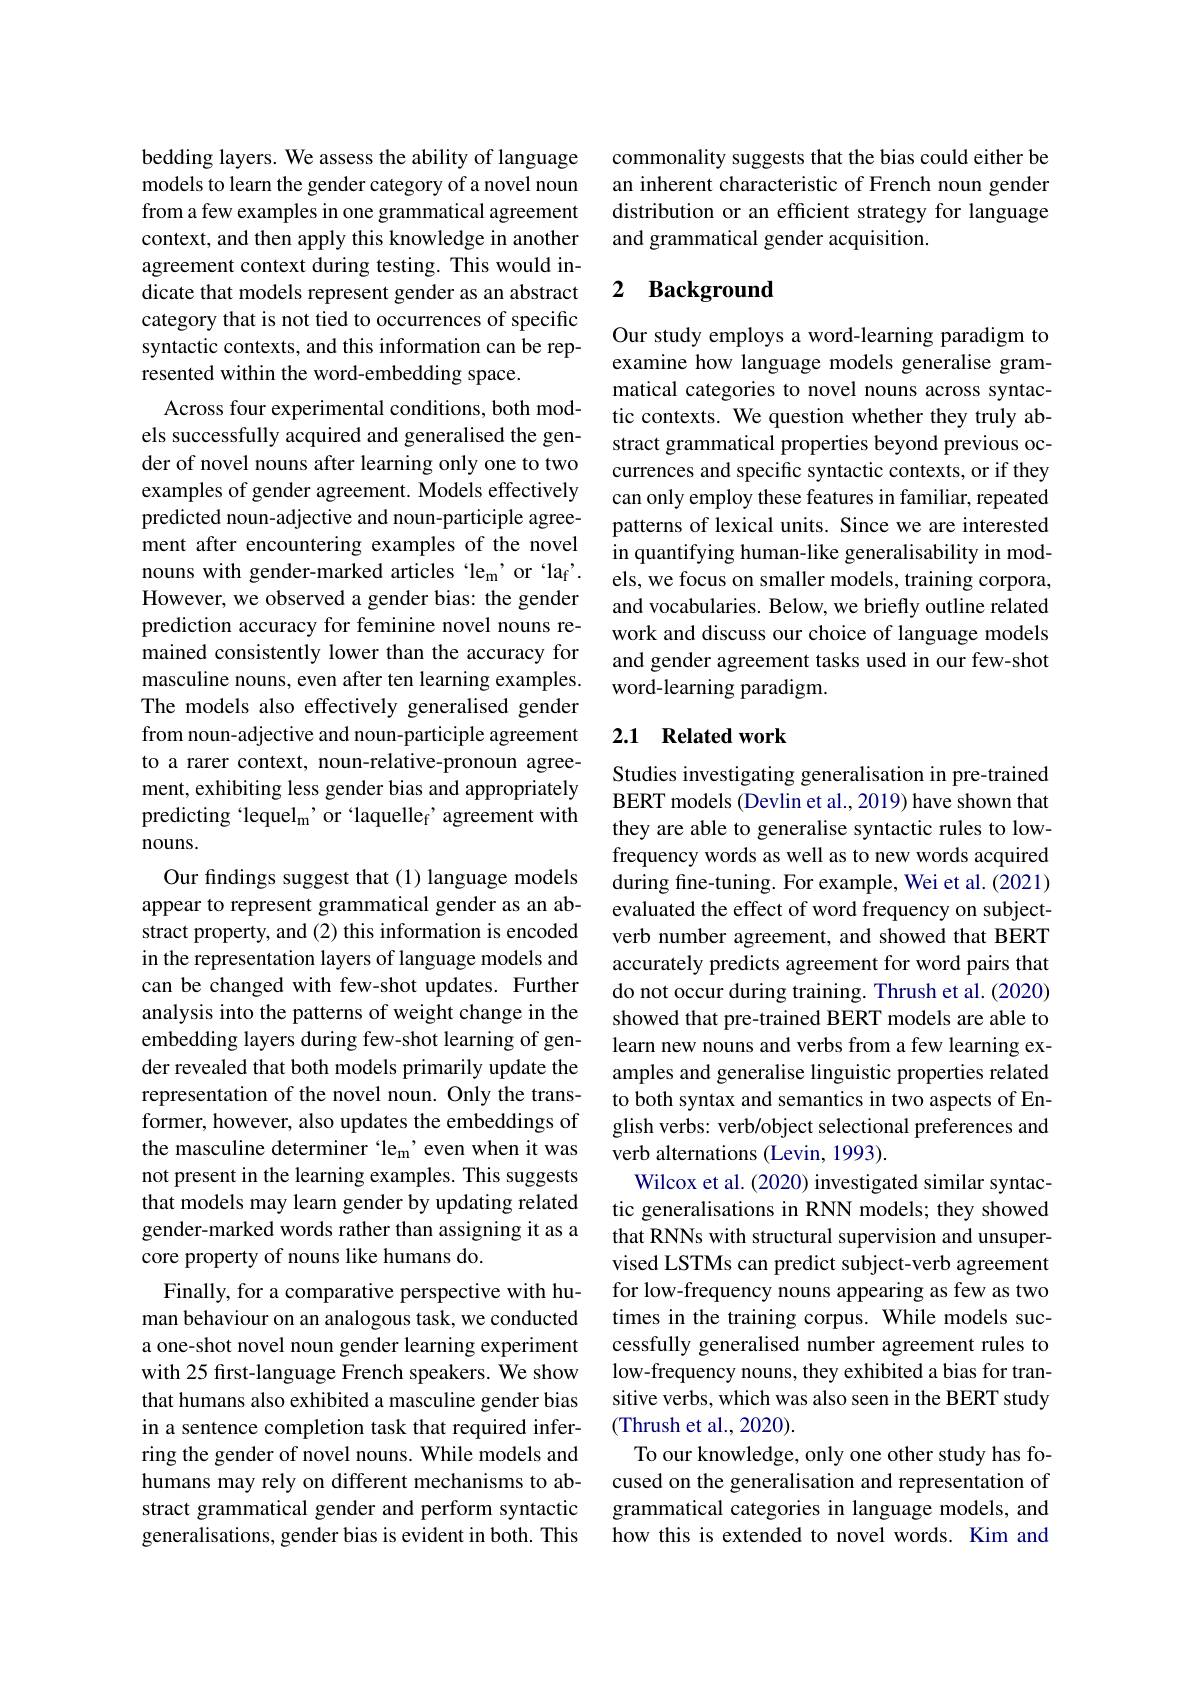
bedding layers. We assess the ability of language models to learn the gender category of a novel noun from a few examples in one grammatical agreement context, and then apply this knowledge in another agreement context during testing. This would indicate that models represent gender as an abstract category that is not tied to occurrences of specific syntactic contexts, and this information can be represented within the word-embedding space.
Across four experimental conditions, both models successfully acquired and generalised the gender of novel nouns after learning only one to two examples of gender agreement. Models effectively predicted noun-adjective and noun-participle agreement after encountering examples of the novel nouns with gender-marked articles 'lem'or 'laf'. However, we observed a gender bias: the gender prediction accuracy for feminine novel nouns remained consistently lower than the accuracy for masculine nouns, even after ten learning examples. The models also effectively generalised gender from noun-adjective and noun-participle agreement to a rarer context, noun-relative-pronoun agreement, exhibiting less gender bias and appropriately predicting 'lequel$_\mathrm{m}$'or 'laquellef'agreement with nouns.
Our findings suggest that (1) language models appear to represent grammatical gender as an abstract property, and (2) this information is encoded in the representation layers of language models and can be changed with few-shot updates. Further analysis into the patterns of weight change in the embedding layers during few-shot learning of gender revealed that both models primarily update the representation of the novel noun. Only the transformer, however, also updates the embeddings of the masculine determiner `le$_\mathrm{m}$'even when it was not present in the learning examples. This suggests that models may learn gender by updating related gender-marked words rather than assigning it as a core property of nouns like humans do.
Finally, for a comparative perspective with human behaviour on an analogous task, we conducted a one-shot novel noun gender learning experiment with 25 first-language French speakers. We show that humans also exhibited a masculine gender bias in a sentence completion task that required inferring the gender of novel nouns. While models and humans may rely on different mechanisms to abstract grammatical gender and perform syntactic generalisations, gender bias is evident in both. This

commonality suggests that the bias could either be an inherent characteristic of French noun gender distribution or an efficient strategy for language and grammatical gender acquisition.

## 2 Background

Our study employs a word-learning paradigm to examine how language models generalise grammatical categories to novel nouns across syntactic contexts. We question whether they truly abstract grammatical properties beyond previous occurrences and specific syntactic contexts, or if they can only employ these features in familiar, repeated patterns of lexical units. Since we are interested in quantifying human-like generalisability in models, we focus on smaller models, training corpora, and vocabularies. Below, we briefly outline related work and discuss our choice of language models and gender agreement tasks used in our few-shot word-learning paradigm.

## 2.1 Related work

Studies investigating generalisation in pre-trained BERT models (Devlin et al., 2019) have shown that they are able to generalise syntactic rules to lowfrequency words as well as to new words acquired during fine-tuning. For example, Wei et al. (2021) evaluated the effect of word frequency on subjectverb number agreement, and showed that BERT accurately predicts agreement for word pairs that do not occur during training. Thrush et al. (2020) showed that pre-trained BERT models are able to learn new nouns and verbs from a few learning examples and generalise linguistic properties related to both syntax and semantics in two aspects of English verbs: verb/object selectional preferences and verb alternations (Levin, 1993).
Wilcox et al. (2020) investigated similar syntactic generalisations in RNN models; they showed that RNNs with structural supervision and unsupervised LSTMs can predict subject-verb agreement for low-frequency nouns appearing as few as two times in the training corpus. While models successfully generalised number agreement rules to low-frequency nouns, they exhibited a bias for transitive verbs, which was also seen in the BERT study (Thrush et al., 2020).
To our knowledge, only one other study has focused on the generalisation and representation of grammatical categories in language models, and how this is extended to novel words. Kim and